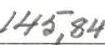
145,84